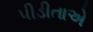
પીડીતાએ